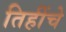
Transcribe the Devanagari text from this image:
तिहींचे